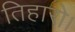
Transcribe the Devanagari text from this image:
तिहारो।